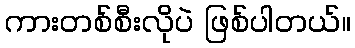
ကားတစ်စီးလိုပဲ ဖြစ်ပါတယ်။